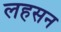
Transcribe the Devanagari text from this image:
लहसन